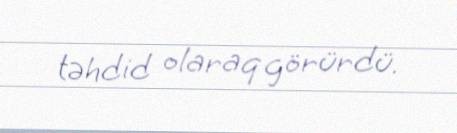
təhdid olaraq görürdü.